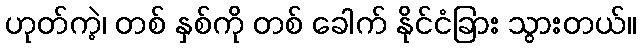
ဟုတ်ကဲ့၊ တစ် နှစ်ကို တစ် ခေါက် နိုင်ငံခြား သွားတယ်။